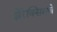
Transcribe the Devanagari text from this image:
झेरेक्सिसचे